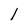
Character: l